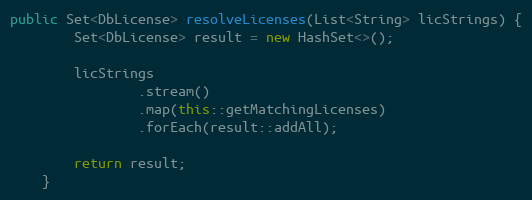
Language: Java
public Set<DbLicense> resolveLicenses(List<String> licStrings) {
        Set<DbLicense> result = new HashSet<>();

        licStrings
                .stream()
                .map(this::getMatchingLicenses)
                .forEach(result::addAll);

        return result;
    }